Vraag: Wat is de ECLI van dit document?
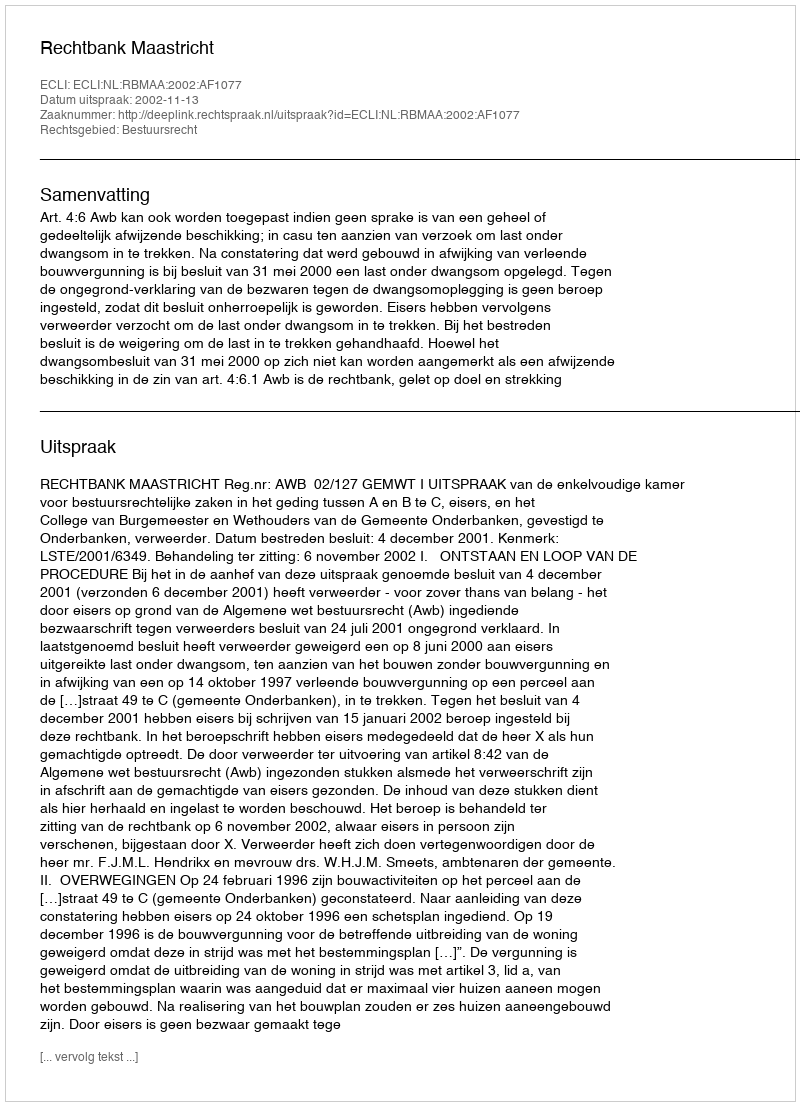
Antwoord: ECLI:NL:RBMAA:2002:AF1077